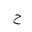
Letter: _ha